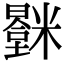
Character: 𬖻